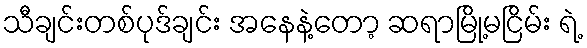
သီချင်းတစ်ပုဒ်ချင်း အနေနဲ့တော့ ဆရာမြို့မငြိမ်း ရဲ့